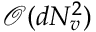
\mathcal { O } ( d N _ { v } ^ { 2 } )